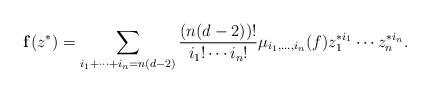
LaTeX: \begin{align*}{\mathbf f}(z^*)=\sum_{i_1+\cdots+i_n=n(d-2)}\frac{(n(d-2))!}{i_1!\cdots i_n!}\mu_{i_1,\dots,i_n}(f)z_1^{* i_1}\cdots z_n^{* i_n}.\end{align*}